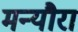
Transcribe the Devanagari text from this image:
मन्यौरा